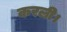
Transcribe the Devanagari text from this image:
करली।